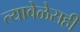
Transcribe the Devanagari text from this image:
त्यावेळेसही